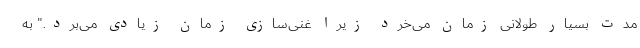
مدت بسیار طولانی زمان می‌خرد زیرا غنی‌سازی زمان زیادی می‌برد." به